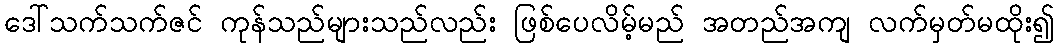
ဒေါ်သက်သက်ဇင် ကုန်သည်များသည်လည်း ဖြစ်ပေလိမ့်မည် အတည်အကျ လက်မှတ်မထိုး၍